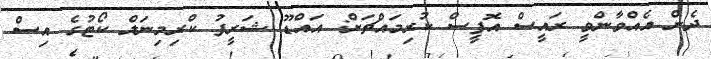
ދެން އެއްވާންވީ ރައީސް އޮޮފީސް ކުރިމައްޗަށް: އައްޑޫ ޝަރީފު ކްރިމިނަލް ކޯޓުގެ އިސް